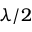
\lambda / 2